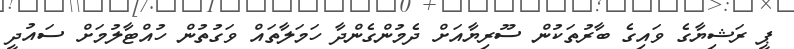
ޕީ ރަޝިޔާގެ ވައިގެ ބާރުތަކުން ސޫރިޔާއަށް ދެމުންގެންދާ ހަމަލާތައް ވަގުތުން ހުއްޓާލުމަށް ސައުދީ